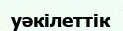
уәкілеттік